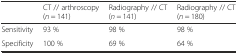
<table><thead><tr><td></td><td><b>CT // arthroscopy (<i>n</i> = 141)</b></td><td><b>Radiography // CT (<i>n</i> = 141)</b></td><td><b>Radiography // CT (<i>n</i> = 180)</b></td></tr></thead><tbody><tr><td>Sensitivity</td><td>93 %</td><td>98 %</td><td>98 %</td></tr><tr><td>Specificity</td><td>100 %</td><td>69 %</td><td>64 %</td></tr></tbody></table>